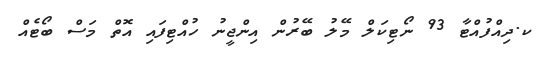
ކ.ދިއްފުއްޓާ 93 ނޯޓިކަލް މޭލު ބޭރުން އިންޖީނު ހުއްޓިފައި އޮތް މަސް ބޯޓެއް